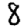
Digit: 8